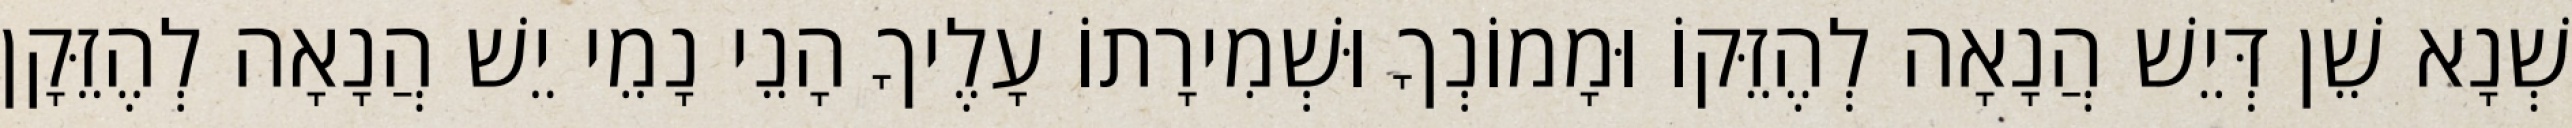
שְׁנָא שֵׁן דְּיֵשׁ הֲנָאָה לְהֶזֵּקוֹ וּמָמוֹנְךָ וּשְׁמִירָתוֹ עָלֶיךָ הָנֵי נָמֵי יֵשׁ הֲנָאָה לְהֶזֵּקָן